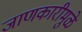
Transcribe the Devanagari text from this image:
जाणकारीमुळे